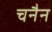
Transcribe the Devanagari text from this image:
चनैन